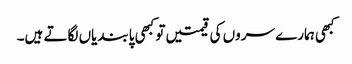
کبھی ہمارے سروں کی قیمتیں تو کبھی پابندیاں لگاتے ہیں۔